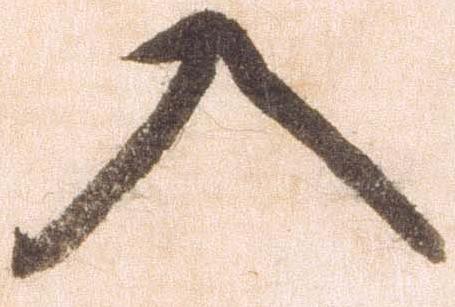
入